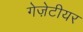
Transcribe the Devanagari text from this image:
गेज़ेटीयर